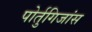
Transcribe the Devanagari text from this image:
पोर्तुगिजांस